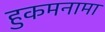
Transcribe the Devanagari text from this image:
हुकमनामा